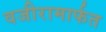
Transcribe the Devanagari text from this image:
वजीरामार्फत